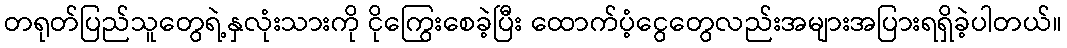
တရုတ်ပြည်သူတွေရဲ့နှလုံးသားကို ငိုကြွေးစေခဲ့ပြီး ထောက်ပံ့ငွေတွေလည်းအများအပြားရရှိခဲ့ပါတယ်။